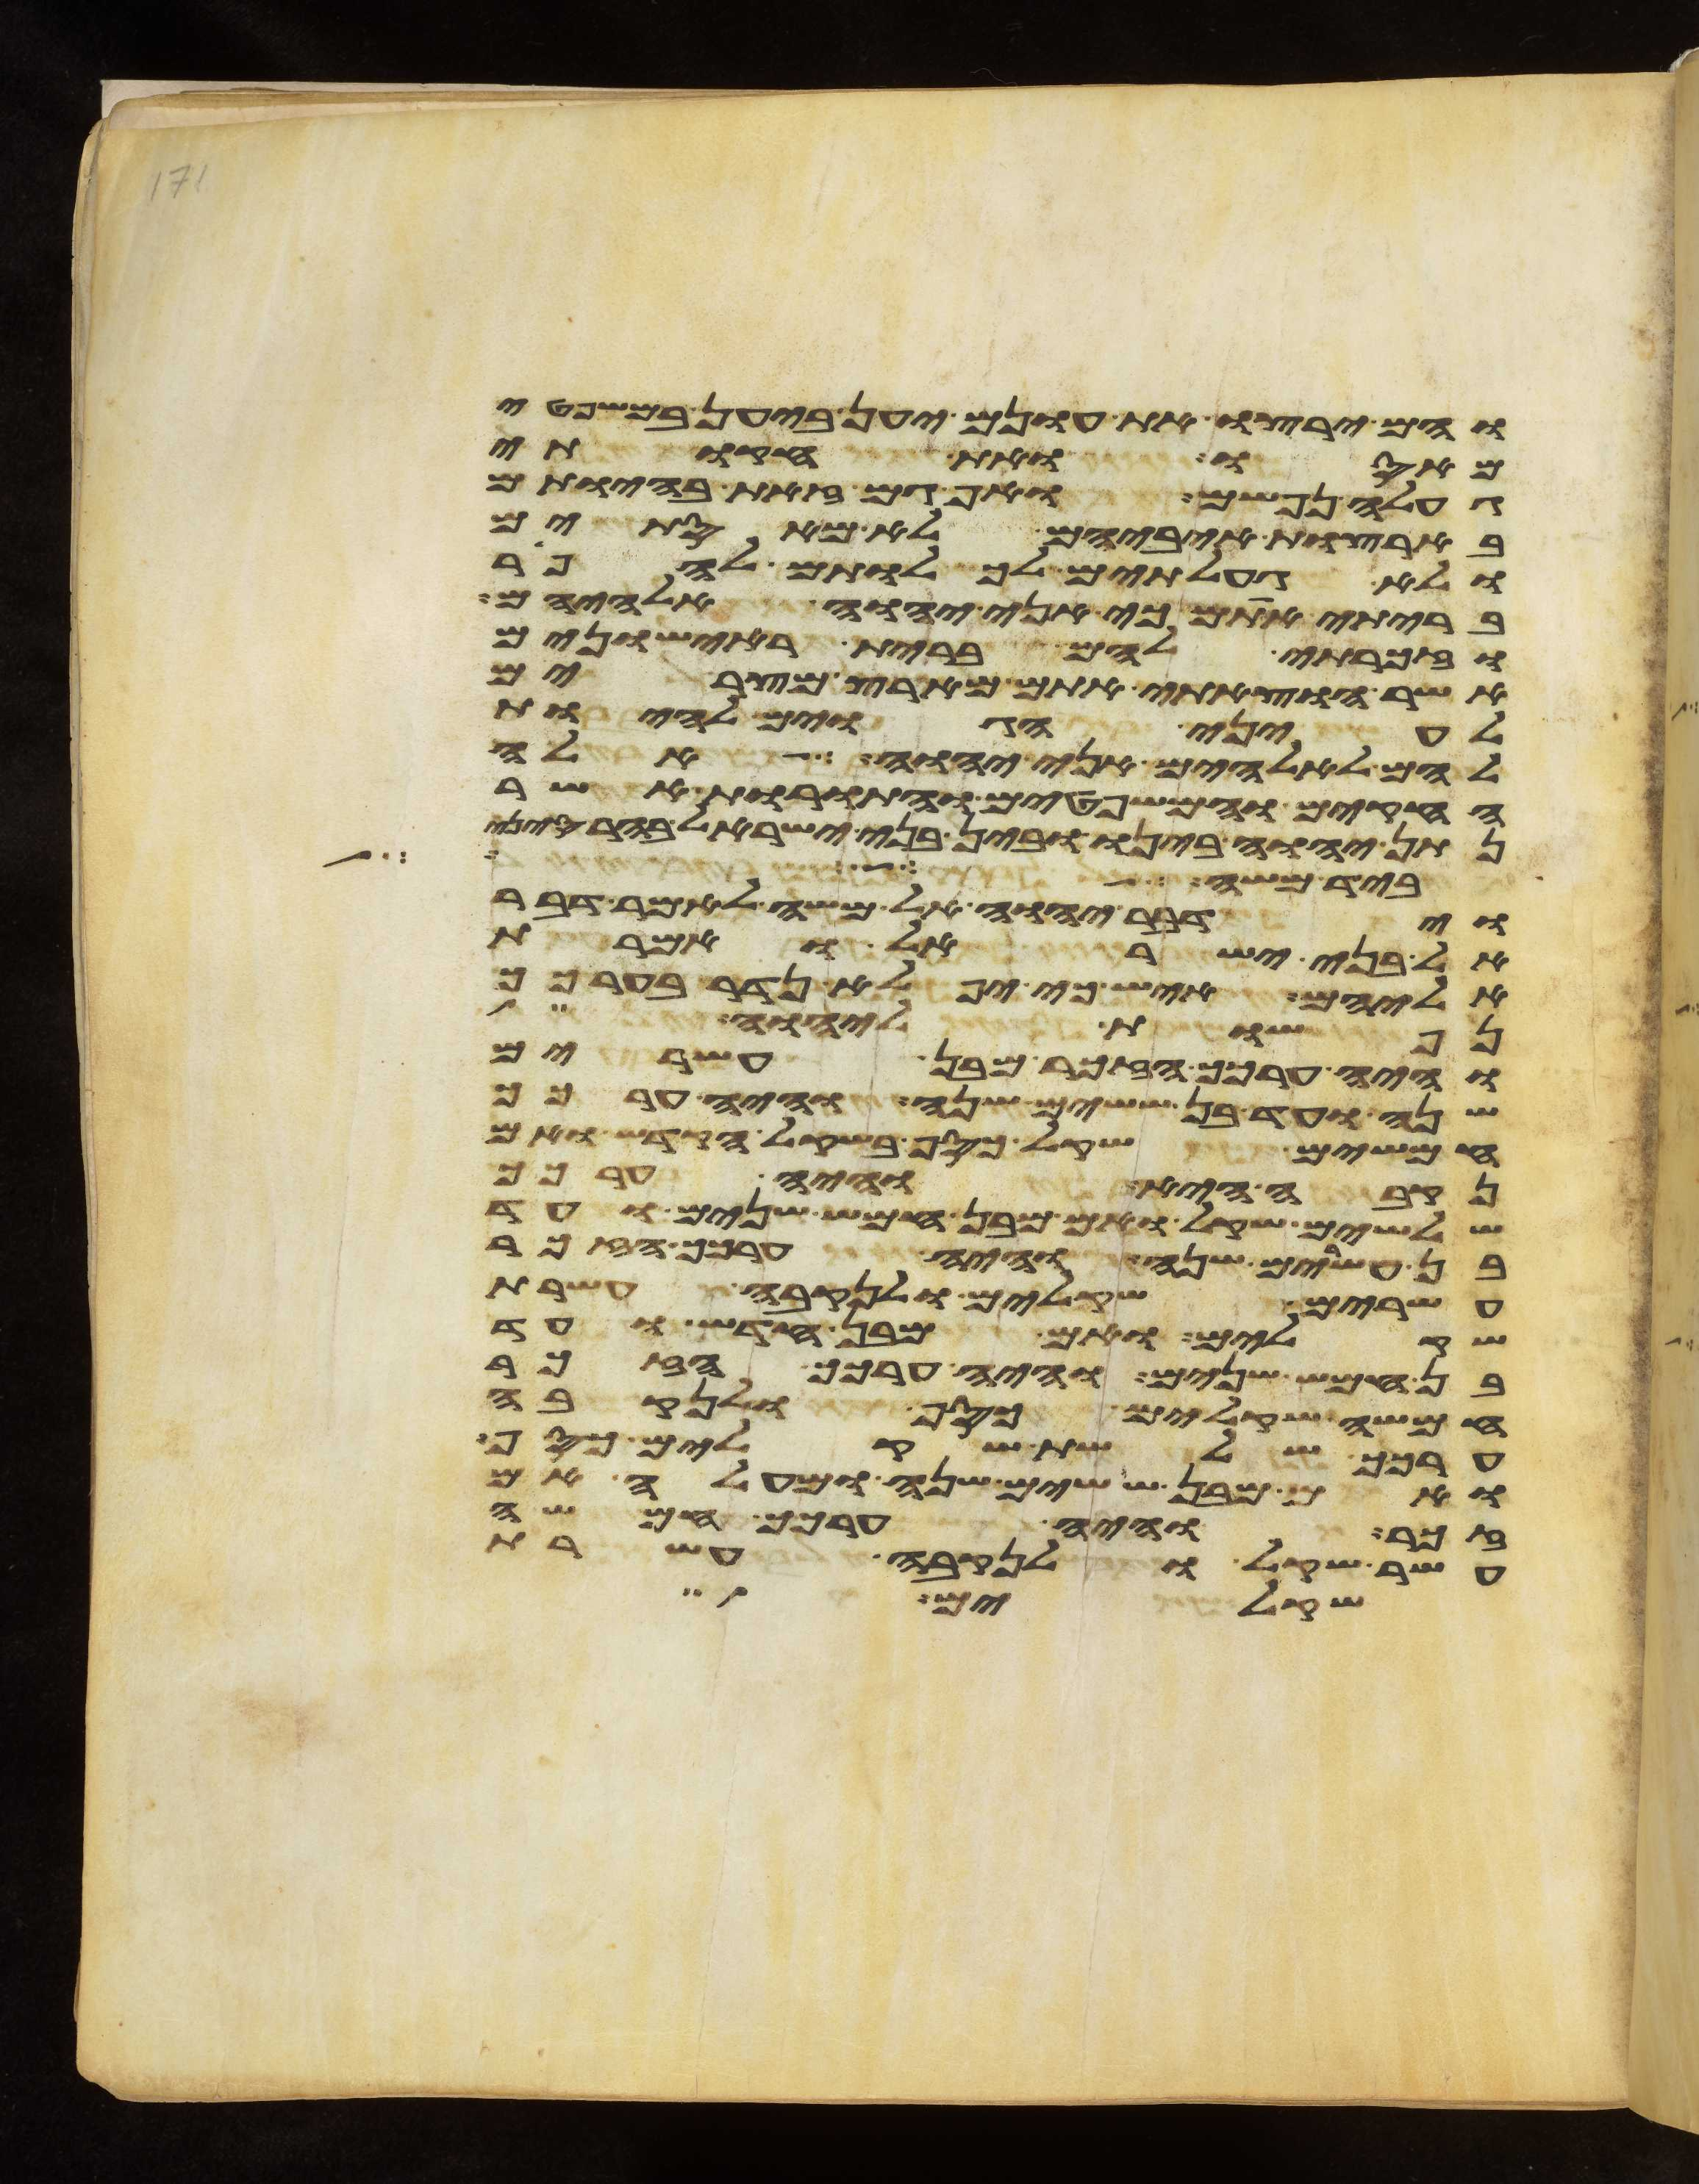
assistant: והם ירצו את עונם יען ביען במשפטי
מאסו ואת חקותי
געלה נפשם ואף גם זאת בהיותם
בארצות איביהם לא מאסתים
ולא געלתים לכלותם להפר
בריתי אתם כי אני יהוה אלהיהם
וזכרתי להם ברית ראישונים
אשר הוצאתי אתם מארץ מצרים
לעיני הגוים להיות
להם לאלהים אני יהוה אלה
החקים והמשפטים והתורות אשר
נתן יהוה בינו ובין בני ישראל בהר סיני
ביד משה ויהי
וידבר יהוה אל משה לאמר דבר
אל בני ישראל ואמרת
אליהם איש כי יפלא נדר בערכך
נפשות ליהוה
והיה ערכך הזכר מבן עשרים
שנה ועד בן ששים שנה והיה ערכך
חמשים שקל כסף בשקל הקדש ואם
נקבה היא והיה ערכך
שלשים שקל ואם מבן חמש שנים ועד
בן עשרים שנה והיה ערכך הזכר
עשרים שקלים ולנקבה עשרת
שקלים ואם מבן חדש ועד
בן חמש שנים והיה ערכך הזכר
חמשה שקלים כסף ולנקבה
ערכך שלשת שקלים כסף
ואם מבן ששים שנה ומעלה אם
זכר והיה ערכך חמשה
עשר שקל ולנקבה עשרת
שקלים